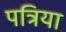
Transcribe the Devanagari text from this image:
पत्रिया